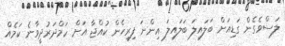
ލަސްވެގެން ގަޑިއަށް ބަލައިލަ ބަލައިލަ އިންނަ ފިރިހެން ކުއްޖާ އަށް ހަމްދަރުދީވާނެ ކަމެއް